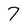
Character: 7